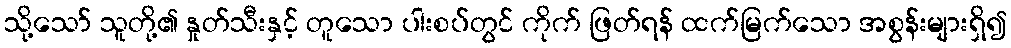
သို့သော် သူတို့၏ နှုတ်သီးနှင့် တူသော ပါးစပ်တွင် ကိုက် ဖြတ်ရန် ထက်မြက်သော အစွန်းများရှိ၍